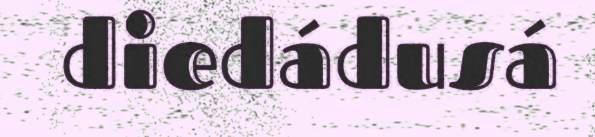
diedádusá